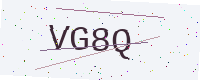
Text: VG8Q